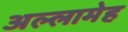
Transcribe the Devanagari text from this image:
अल्लामेह